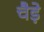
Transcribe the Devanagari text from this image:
चैडे़